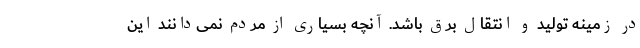
در زمینه تولید و انتقال برق باشد. آنچه بسیاری از مردم نمی‌دانند این